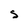
Character: S